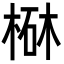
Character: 㮟